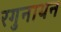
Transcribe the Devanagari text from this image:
रगुनाथन